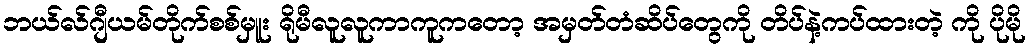
ဘယ်လ်ဂျီယမ်တိုက်စစ်မှူး ရိုမီလူလူကာကူကတော့ အမှတ်တံဆိပ်တွေကို တိပ်နဲ့ကပ်ထားတဲ့ ကို ပိုမို